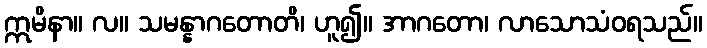
ဣမိနာ။ လ။ သမန္နာဂတောတိ၊ ဟူ၍။ အာဂတော၊ လာသောသံဝရသည်။